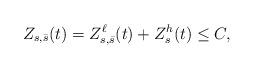
LaTeX: \begin{align*} Z_{s,\bar{s}}(t) = Z_{s,\bar{s}}^\ell(t)+Z_s^h(t) \le C,\end{align*}